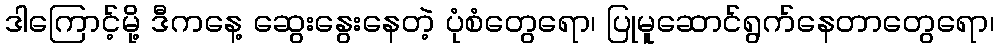
ဒါကြောင့်မို့ ဒီကနေ့ ဆွေးနွေးနေတဲ့ ပုံစံတွေရော၊ ပြုမူဆောင်ရွက်နေတာတွေရော၊